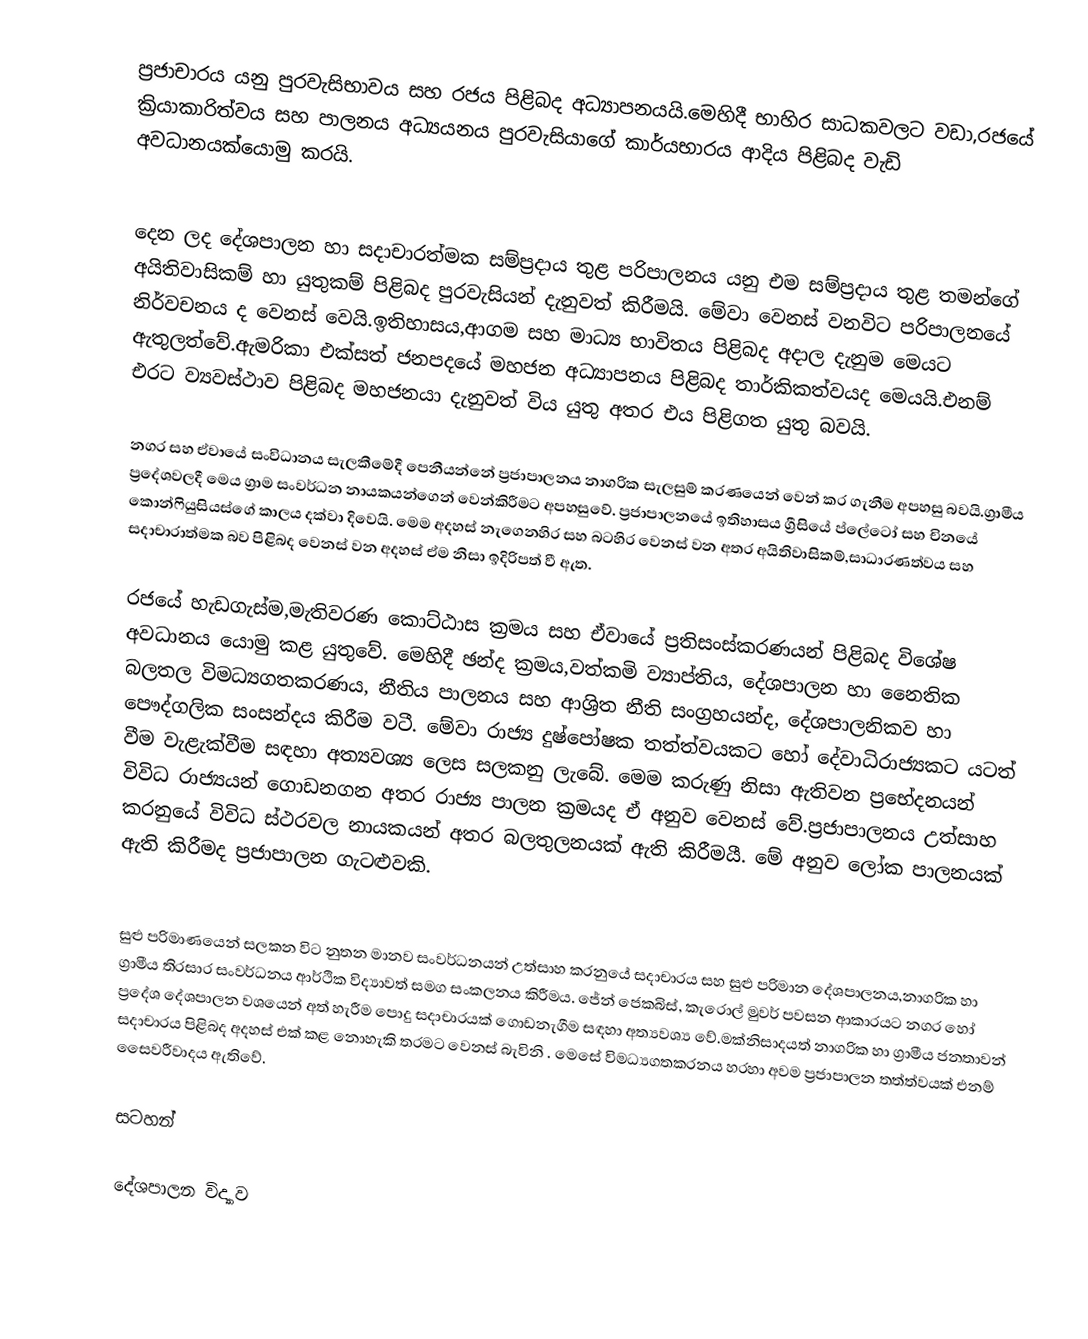
ප්‍රජාචාරය යනු පුරවැසිභාවය සහ රජය පිළිබද අධ්‍යාපනයයි.මෙහිදී භාහිර සාධකවලට වඩා,රජයේ ක්‍රියාකාරිත්වය සහ පාලනය අධ්‍යයනය පුරවැසියාගේ කාර්යභාරය ආදිය පිළිබද වැඩි අවධානයක්යොමු කරයි.

දෙන ලද දේශපාලන හා සදාචාරත්මක සම්ප්‍රදාය තුළ පරිපාලනය යනු එම සම්ප්‍රදාය තුළ තමන්ගේ අයිතිවාසිකම් හා යුතුකම් පිළිබද පුරවැසියන් දැනුවත් කිරීමයි. මේවා වෙනස් වනවිට පරිපාලනයේ නිර්වචනය ද වෙනස් වෙයි.ඉතිහාසය,ආගම සහ මාධ්‍ය භාවිතය පිළිබද අදාල දැනුම මෙයට ඇතුලත්වේ.ඇමරිකා එක්සත් ජනපදයේ  මහජන අධ්‍යාපනය පිළිබද තාර්කිකත්වයද මෙයයි.එනම්  එරට ව්‍යවස්ථාව පිළිබද මහජනයා දැනුවත් විය යුතු අතර එය පිළිගත යුතු බවයි.

නගර සහ ඒවායේ සංවිධානය සැලකීමේදී පෙනීයන්නේ ප්‍රජාපාලනය නාගරික සැලසුම් කරණයෙන් වෙන් කර ගැනීම අපහසු බවයි.ග්‍රාමීය  ප්‍රදේශවලදී මෙය ග්‍රාම සංවර්ධන නායකයන්ගෙන් වෙන්කිරීමට අපහසුවේ. ප්‍රජාපාලනයේ ඉතිහාසය ග්‍රීසියේ ප්ලේටෝ සහ චිනයේ කොන්ෆියුසියස්ගේ කාලය දක්වා දිවෙයි. මෙම අදහස් නැගෙනහිර සහ බටහිර වෙනස් වන අතර අයිතිවාසිකම්,සාධාරණත්වය සහ සදාචාරාත්මක බව පිළිබද වෙනස් වන අදහස් ඒම නිසා ඉදිරිපත් වී ඇත.

රජයේ හැඩගැස්ම,මැතිවරණ කොට්ඨාස ක්‍රමය සහ ඒවායේ ප්‍රතිසංස්කරණයන් පිළිබද විශේෂ අවධානය යොමු කළ යුතුවේ. මෙහිදී ඡන්ද ක්‍රමය,වත්කමි ව්‍යාප්තිය, දේශපාලන හා නෛතික බලතල විමධ්‍යගතකරණය, නීතිය පාලනය සහ ආශ්‍රිත නීති සංග්‍රහයන්ද, දේශපාලනිකව හා පෞද්ගලික සංසන්දය කිරීම වටී. මේවා රාජ්‍ය දුෂ්පෝෂක තත්ත්වයකට හෝ දේවාධිරාජ්‍යකට යටත් වීම වැළැක්වීම සඳහා අත්‍යවශ්‍ය ලෙස සලකනු ලැබේ. මෙම කරුණු නිසා ඇතිවන ප්‍රභේදනයන් විවිධ රාජ්‍යයන් ගොඩනගන අතර රාජ්‍ය පාලන ක්‍රමයද ඒ අනුව වෙනස් වේ.ප්‍රජාපාලනය උත්සාහ කරනුයේ විවිධ ස්ථරවල නායකයන් අතර බලතුලනයක් ඇති කිරීමයී. මේ අනුව ලෝක පාලනයක් ඇති කිරීමද ප්‍රජාපාලන ගැටළුවකි.

සුළු පරිමාණයෙන් සලකන විට නුතන මානව සංවර්ධනයන් උත්සාහ කරනුයේ සදාචාරය සහ සුළු  පරිමාන දේශපාලනය,නාගරික හා ග්‍රාමීය තිරසාර සංවර්ධනය ආර්ථික විද්‍යාවත් සමග සංකලනය කිරීමය. ජේන් ජෙකබිස්, කැරොල් මුවර් පවසන ආකාරයට නගර හෝ ප්‍රදේශ දේශපාලන වශයෙන් අත් හැරීම පොදු සදාචාරයක් ගොඩනැගීම සඳහා අත්‍යවශ්‍ය වේ.මක්නිසාදයත් නාගරික හා ග්‍රාමීය ජනතාවන් සදාචාරය පිළිබද අදහස් එක් කළ නොහැකි තරමට වෙනස් බැවිනි . මෙසේ විමධ්‍යගතකරනය හරහා අවම ප්‍රජාපාලන තත්ත්වයක්  එනම් සෛවරීවාදය ඇතිවේ.

සටහන්

දේශපාලන විද්‍යාව